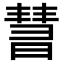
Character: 𣊄